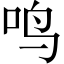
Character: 鸣